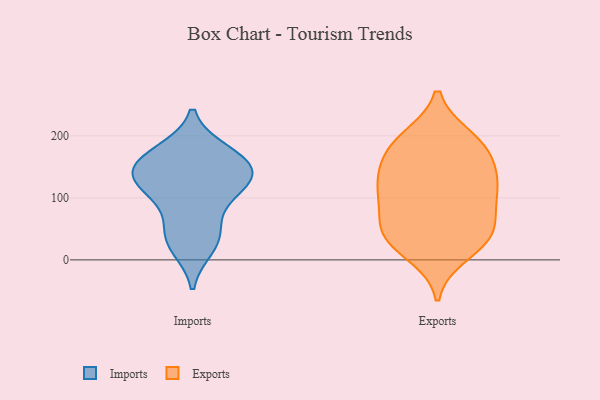
{"axis": {"x": "Bounce Rate (%)", "y": "Value"}, "legend": ["Exports", "Imports"], "data": [{"x": "", "y": 92, "type": "Imports"}, {"x": "", "y": 45, "type": "Imports"}, {"x": "", "y": 165, "type": "Imports"}, {"x": "", "y": 144, "type": "Imports"}, {"x": "", "y": 119, "type": "Imports"}, {"x": "", "y": 21, "type": "Imports"}, {"x": "", "y": 165, "type": "Imports"}, {"x": "", "y": 174, "type": "Imports"}, {"x": "", "y": 130, "type": "Imports"}, {"x": "", "y": 36, "type": "Imports"}, {"x": "", "y": 139, "type": "Imports"}, {"x": "", "y": 125, "type": "Imports"}, {"x": "", "y": 174, "type": "Exports"}, {"x": "", "y": 150, "type": "Exports"}, {"x": "", "y": 180, "type": "Exports"}, {"x": "", "y": 10, "type": "Exports"}, {"x": "", "y": 119, "type": "Exports"}, {"x": "", "y": 94, "type": "Exports"}, {"x": "", "y": 193, "type": "Exports"}, {"x": "", "y": 66, "type": "Exports"}, {"x": "", "y": 41, "type": "Exports"}, {"x": "", "y": 36, "type": "Exports"}, {"x": "", "y": 36, "type": "Exports"}, {"x": "", "y": 121, "type": "Exports"}, {"x": "", "y": 196, "type": "Exports"}, {"x": "", "y": 104, "type": "Exports"}, {"x": "", "y": 130, "type": "Exports"}, {"x": "", "y": 44, "type": "Exports"}]}